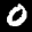
Label: 0